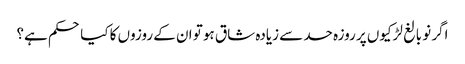
اگر نو بالغ لڑکیوں پر روزہ حد سے زیادہ شاق ہو تو ان کے روزوں کا کیا حکم ہے؟